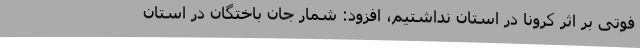
فوتی بر اثر کرونا در استان نداشتیم، افزود: شمار جان باختگان در استان